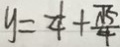
y = \frac { 1 } { 4 } + \frac { \pi } { 4 }